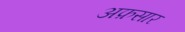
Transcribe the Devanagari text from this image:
अफ़सार